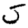
Digit: 5